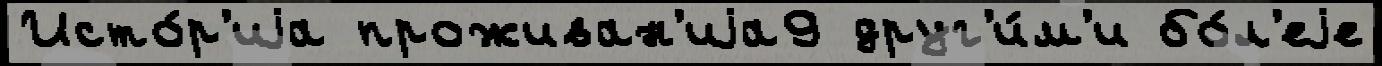
Исто́р'иjа проживан'иjа9 друг'и́м'и бо́л'еjе